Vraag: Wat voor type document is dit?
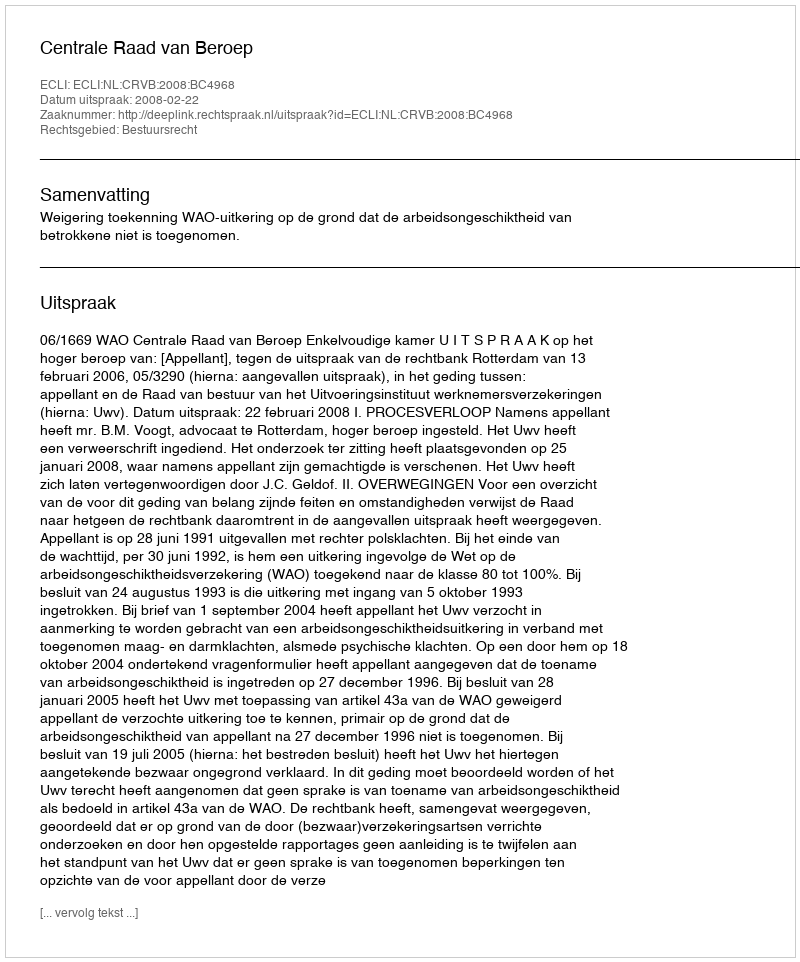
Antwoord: Uitspraak